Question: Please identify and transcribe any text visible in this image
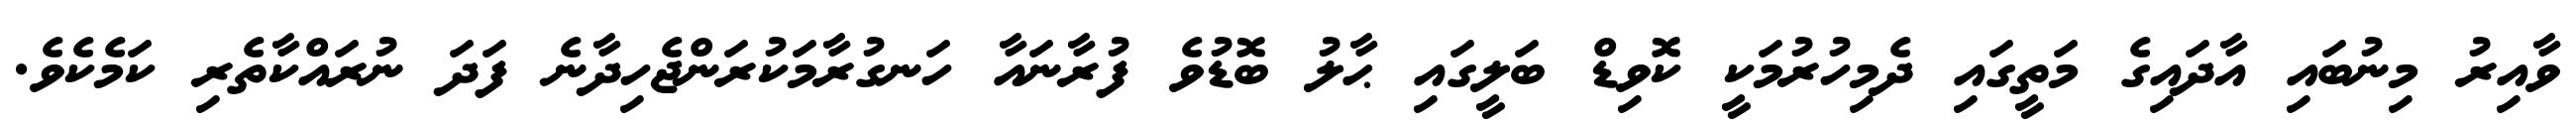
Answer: ވާއިރު މިނުބައި އާދައިގެ މަތީގައި ދެމިހުރުމަކީ ކޮވިޑް ބަލީގައި ޙާލު ބޮޑުވެ ފުރާނައާ ހަނގުރާމަކުރަންޖެހިދާނެ ފަދަ ނުރައްކާތެރި ކަމެކެވެ.